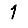
Digit: 1